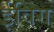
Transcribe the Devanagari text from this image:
ईविग